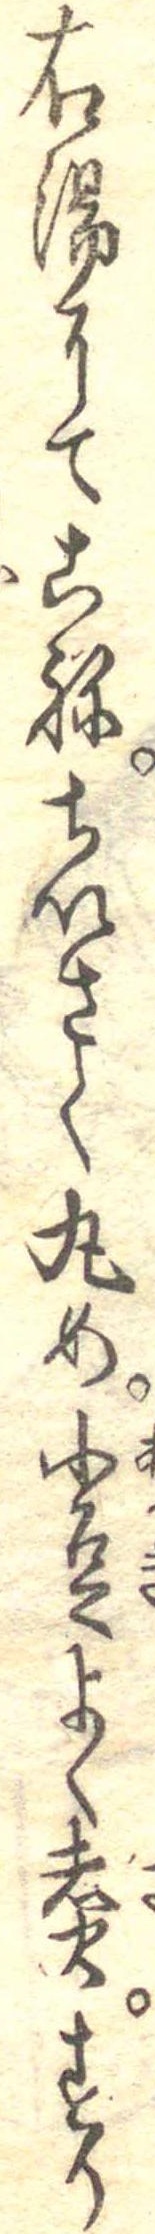
右湯にてこねちいさく丸め小豆よく煮すり